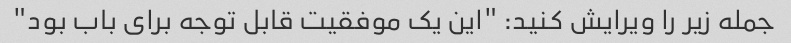
جمله زیر را ویرایش کنید: "این یک موفقیت قابل توجه برای باب بود"